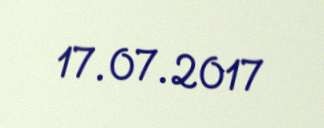
17.07.2017